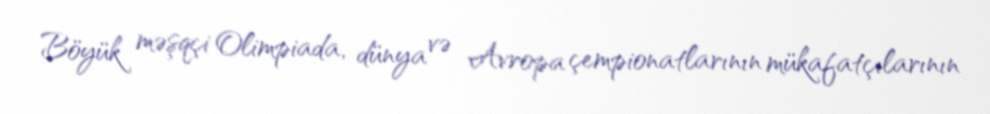
Böyük məşqçi Olimpiada, dünya və Avropa çempionatlarının mükafatçılarının